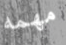
مهمه